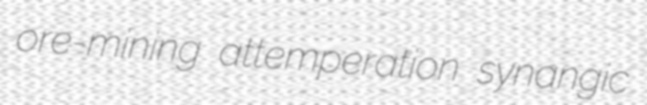
ore-mining attemperation synangic